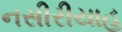
નસીરીયાહ